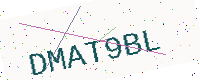
Text: DMAT9BL